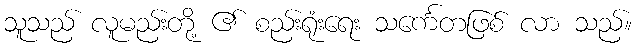
သူသည် လူမည်းတို့ ၏ စည်းရုံးရေး သင်္ကေတဖြစ် လာ သည်။